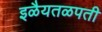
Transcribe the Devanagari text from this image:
इळैयतळपती